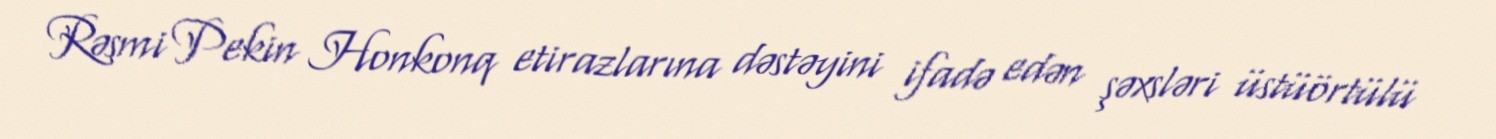
Rəsmi Pekin Honkonq etirazlarına dəstəyini ifadə edən şəxsləri üstüörtülü